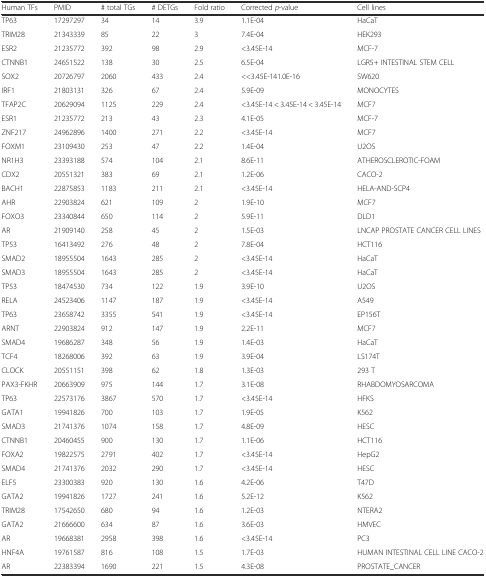
<table><thead><tr><td><b>Human TFs</b></td><td><b>PMID</b></td><td><b># total TGs</b></td><td><b># DETGs</b></td><td><b>Fold ratio</b></td><td><b>Corrected <i>p</i>-value</b></td><td><b>Cell lines</b></td></tr></thead><tbody><tr><td>TP63</td><td>17297297</td><td>34</td><td>14</td><td>3.9</td><td>1.1E-04</td><td>HaCaT</td></tr><tr><td>TRIM28</td><td>21343339</td><td>85</td><td>22</td><td>3</td><td>7.4E-04</td><td>HEK293</td></tr><tr><td>ESR2</td><td>21235772</td><td>392</td><td>98</td><td>2.9</td><td>&lt;3.45E-14</td><td>MCF-7</td></tr><tr><td>CTNNB1</td><td>24651522</td><td>138</td><td>30</td><td>2.5</td><td>6.5E-04</td><td>LGR5+ INTESTINAL STEM CELL</td></tr><tr><td>SOX2</td><td>20726797</td><td>2060</td><td>433</td><td>2.4</td><td>&lt;&lt;3.45E-141.0E-16</td><td>SW620</td></tr><tr><td>IRF1</td><td>21803131</td><td>326</td><td>67</td><td>2.4</td><td>5.9E-09</td><td>MONOCYTES</td></tr><tr><td>TFAP2C</td><td>20629094</td><td>1125</td><td>229</td><td>2.4</td><td>&lt;3.45E-14 &lt; 3.45E-14 &lt; 3.45E-14</td><td>MCF7</td></tr><tr><td>ESR1</td><td>21235772</td><td>213</td><td>43</td><td>2.3</td><td>4.1E-05</td><td>MCF-7</td></tr><tr><td>ZNF217</td><td>24962896</td><td>1400</td><td>271</td><td>2.2</td><td>&lt;3.45E-14</td><td>MCF7</td></tr><tr><td>FOXM1</td><td>23109430</td><td>253</td><td>47</td><td>2.2</td><td>1.4E-04</td><td>U2OS</td></tr><tr><td>NR1H3</td><td>23393188</td><td>574</td><td>104</td><td>2.1</td><td>8.6E-11</td><td>ATHEROSCLEROTIC-FOAM</td></tr><tr><td>CDX2</td><td>20551321</td><td>383</td><td>69</td><td>2.1</td><td>1.2E-06</td><td>CACO-2</td></tr><tr><td>BACH1</td><td>22875853</td><td>1183</td><td>211</td><td>2.1</td><td>&lt;3.45E-14</td><td>HELA-AND-SCP4</td></tr><tr><td>AHR</td><td>22903824</td><td>621</td><td>109</td><td>2</td><td>1.9E-10</td><td>MCF7</td></tr><tr><td>FOXO3</td><td>23340844</td><td>650</td><td>114</td><td>2</td><td>5.9E-11</td><td>DLD1</td></tr><tr><td>AR</td><td>21909140</td><td>258</td><td>45</td><td>2</td><td>1.5E-03</td><td>LNCAP PROSTATE CANCER CELL LINES</td></tr><tr><td>TP53</td><td>16413492</td><td>276</td><td>48</td><td>2</td><td>7.8E-04</td><td>HCT116</td></tr><tr><td>SMAD2</td><td>18955504</td><td>1643</td><td>285</td><td>2</td><td>&lt;3.45E-14</td><td>HaCaT</td></tr><tr><td>SMAD3</td><td>18955504</td><td>1643</td><td>285</td><td>2</td><td>&lt;3.45E-14</td><td>HaCaT</td></tr><tr><td>TP53</td><td>18474530</td><td>734</td><td>122</td><td>1.9</td><td>3.9E-10</td><td>U2OS</td></tr><tr><td>RELA</td><td>24523406</td><td>1147</td><td>187</td><td>1.9</td><td>&lt;3.45E-14</td><td>A549</td></tr><tr><td>TP63</td><td>23658742</td><td>3355</td><td>541</td><td>1.9</td><td>&lt;3.45E-14</td><td>EP156T</td></tr><tr><td>ARNT</td><td>22903824</td><td>912</td><td>147</td><td>1.9</td><td>2.2E-11</td><td>MCF7</td></tr><tr><td>SMAD4</td><td>19686287</td><td>348</td><td>56</td><td>1.9</td><td>1.4E-03</td><td>HaCaT</td></tr><tr><td>TCF4</td><td>18268006</td><td>392</td><td>63</td><td>1.9</td><td>3.9E-04</td><td>LS174T</td></tr><tr><td>CLOCK</td><td>20551151</td><td>398</td><td>62</td><td>1.8</td><td>1.3E-03</td><td>293 T</td></tr><tr><td>PAX3-FKHR</td><td>20663909</td><td>975</td><td>144</td><td>1.7</td><td>3.1E-08</td><td>RHABDOMYOSARCOMA</td></tr><tr><td>TP63</td><td>22573176</td><td>3867</td><td>570</td><td>1.7</td><td>&lt;3.45E-14</td><td>HFKS</td></tr><tr><td>GATA1</td><td>19941826</td><td>700</td><td>103</td><td>1.7</td><td>1.9E-05</td><td>K562</td></tr><tr><td>SMAD3</td><td>21741376</td><td>1074</td><td>158</td><td>1.7</td><td>4.8E-09</td><td>HESC</td></tr><tr><td>CTNNB1</td><td>20460455</td><td>900</td><td>130</td><td>1.7</td><td>1.1E-06</td><td>HCT116</td></tr><tr><td>FOXA2</td><td>19822575</td><td>2791</td><td>402</td><td>1.7</td><td>&lt;3.45E-14</td><td>HepG2</td></tr><tr><td>SMAD4</td><td>21741376</td><td>2032</td><td>290</td><td>1.7</td><td>&lt;3.45E-14</td><td>HESC</td></tr><tr><td>ELF5</td><td>23300383</td><td>920</td><td>130</td><td>1.6</td><td>4.2E-06</td><td>T47D</td></tr><tr><td>GATA2</td><td>19941826</td><td>1727</td><td>241</td><td>1.6</td><td>5.2E-12</td><td>K562</td></tr><tr><td>TRIM28</td><td>17542650</td><td>680</td><td>94</td><td>1.6</td><td>1.2E-03</td><td>NTERA2</td></tr><tr><td>GATA2</td><td>21666600</td><td>634</td><td>87</td><td>1.6</td><td>3.6E-03</td><td>HMVEC</td></tr><tr><td>AR</td><td>19668381</td><td>2958</td><td>398</td><td>1.6</td><td>&lt;3.45E-14</td><td>PC3</td></tr><tr><td>HNF4A</td><td>19761587</td><td>816</td><td>108</td><td>1.5</td><td>1.7E-03</td><td>HUMAN INTESTINAL CELL LINE CACO-2</td></tr><tr><td>AR</td><td>22383394</td><td>1690</td><td>221</td><td>1.5</td><td>4.3E-08</td><td>PROSTATE_CANCER</td></tr></tbody></table>